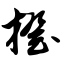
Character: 橙